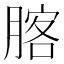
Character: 𦝣